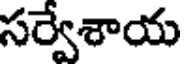
సర్వేశాయ